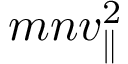
m n v _ { \parallel } ^ { 2 }